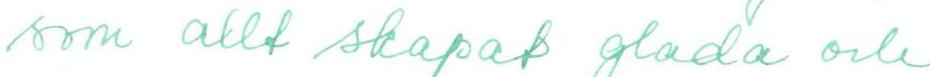
som allt skapat glada och